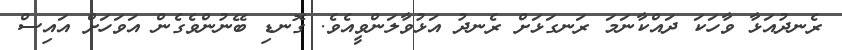
ރެނދުއަޅާ ވާހަކަ ދައްކާނަމަ ރަނގަޅަށް ރެނދު އަޅުވާލަންވީއެވެ. ގޮނޑި ބޭނުންވެގެން އަވަހަށް އައިސް